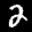
Label: 2